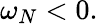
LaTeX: \omega_{N}<0.